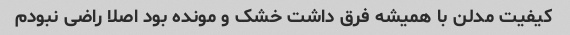
کیفیت مدلن با همیشه فرق داشت خشک و مونده بود اصلا راضی نبودم